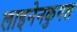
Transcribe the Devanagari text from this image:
लाइनेनकुगल